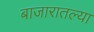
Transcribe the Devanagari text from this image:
बाजारातल्या